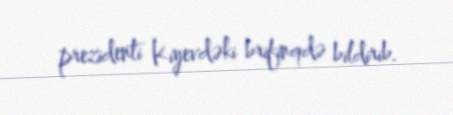
prezidenti Kiyevdəki brifinqdə bildirib.